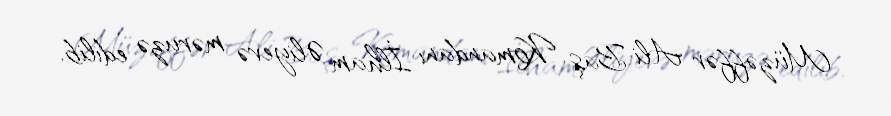
Müzəffər Ali Baş Komandanı İlham Əliyevə məruzə edilib.